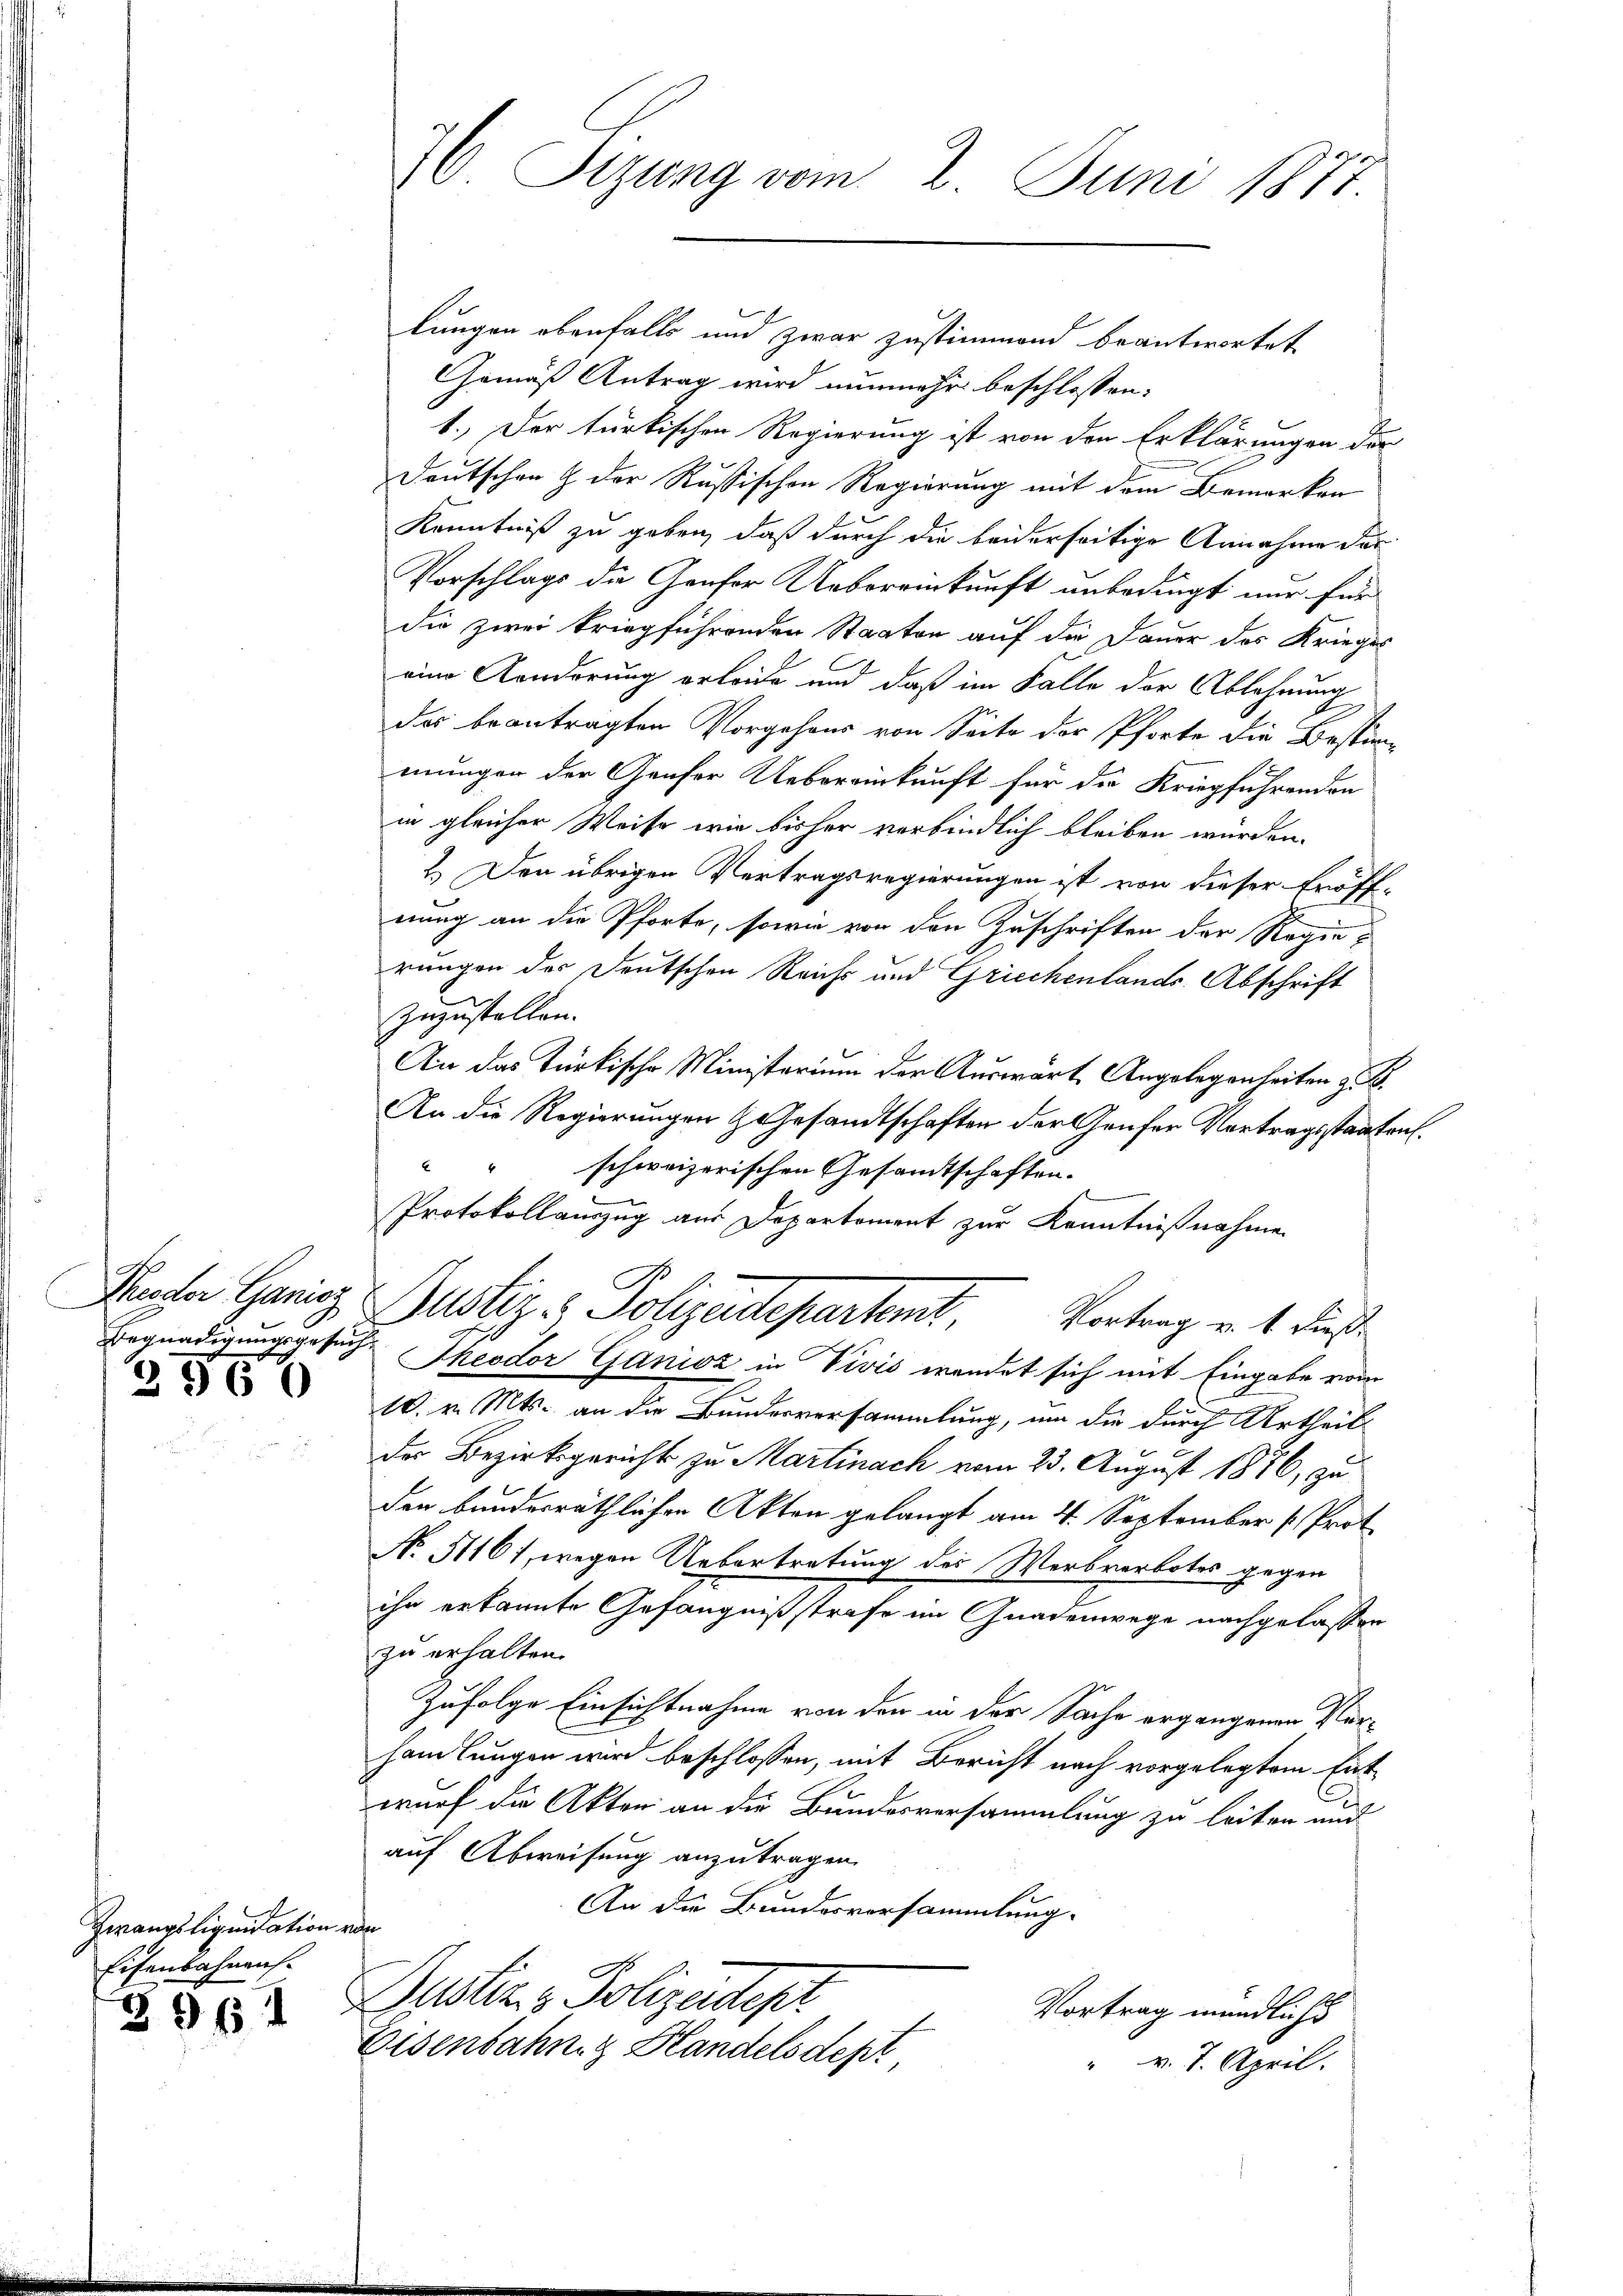
Rieder Ganisz
Begnadigungsgesuch

2960

Zwangsliquidation
Eisenbahnens.

39 f 1

d

26. Sizung vom 2. Juni 1877

lungen obenfalls und zwar zustimmend beantwortet.
Gemäß Antrag wird nunmehr beschlossen:
1.) Der türkischen Regierung ist von den Erklärungen der
Deutschen & der Rußischen Regierung mit dem Bemerken
Kenntniß zu geben, daß durch die beiderseitige Annahme der
Vorschlags die Genfer Uebereinkunft unbedingt nur für
die zwei kriegführenden Staaten auf die Dauer des Krieges
eine Kinderung erleide und daß im Falle der Ablehnung
das beantragten Vorgehens von Seite der Pforte die Bestimmunger der Genfer Uebereinkunft für die Kriegführenden
in gleicher Weise wie bisher verbindlich bleiben würden.
2.) Den übrigen Vertragsregierungen ist von dieser Eröff-
nung an die Pforte, sowie von den Zuschriften der Regierungen der Deutschen Reicht und Griechenlands Abschrift
zuzustellen.
An das Türkische Ministerium der Auswart Angelegenheiten z. B.
An die Regierungen Gesandtschaften der Genfer Vortragsstaaten.
E
schweizerischen Gesandtschaften.
Protokollauszug aus Departement zur Kenntnißnahme
ustiz - Polizeidepartent
Vortrag u. 1 dieß.
Theodor Ganisz in Vivis wendet sich mit Eingabe vom
10. v. Mts. an die Bundesversammlung, um die durch Urtheil
der Bezirksgericht zu Martinach vom 23. August 1876, zu
den bundesräthlichen Akten gelangt am 4. September [Prot
No 51161, wegen Uebertretung des Werbverbotes gegen
ihr erkannte Gefängnißstrafe im Gnadenwege nachgelassen
zu erhalten.
Zufolge Einsichtnahme von den in der Sache ergangenen Ver¬
Handlungen wird beschlossen, mit Bericht nach vorgelegtem Entwurf die Akten an die Bundesversammlung zu leiten und
auf Abweisung anzutragen.
An die Bundesvorsammlung.
t
Justiz - Polizeidtepr
Vortrag mündlichs
Eisenbahn & Blandelsdept,
v. 7. April.